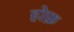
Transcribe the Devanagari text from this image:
होफ़